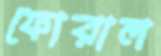
ফোরাল